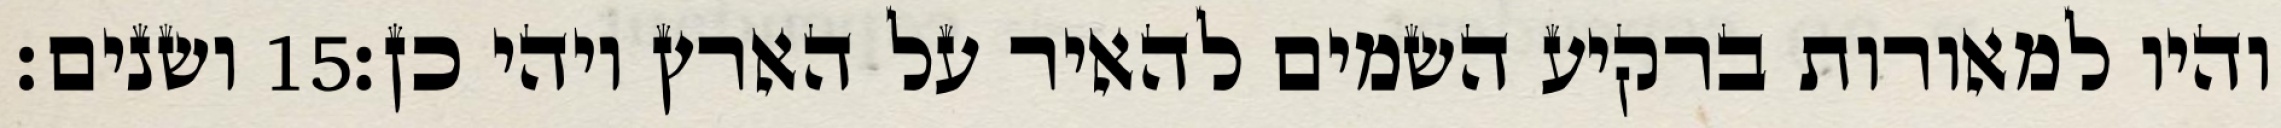
ושנים׃ ‎15‏ והיו למאורות ברקיע השמים להאיר על הארץ ויהי כן׃